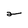
Character: 2